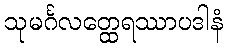
သုမင်္ဂလတ္ထေရဿာပဒါနံ